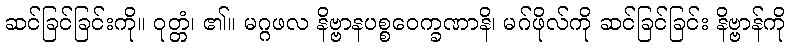
ဆင်ခြင်ခြင်းကို။ ဝုတ္တံ၊ ၏။ မဂ္ဂဖလ နိဗ္ဗာနပစ္စဝေက္ခဏာနိ၊ မဂ်ဖိုလ်ကို ဆင်ခြင်ခြင်း နိဗ္ဗာန်ကို